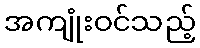
အကျုံးဝင်သည့်